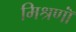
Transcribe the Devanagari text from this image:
मिश्रणॉं